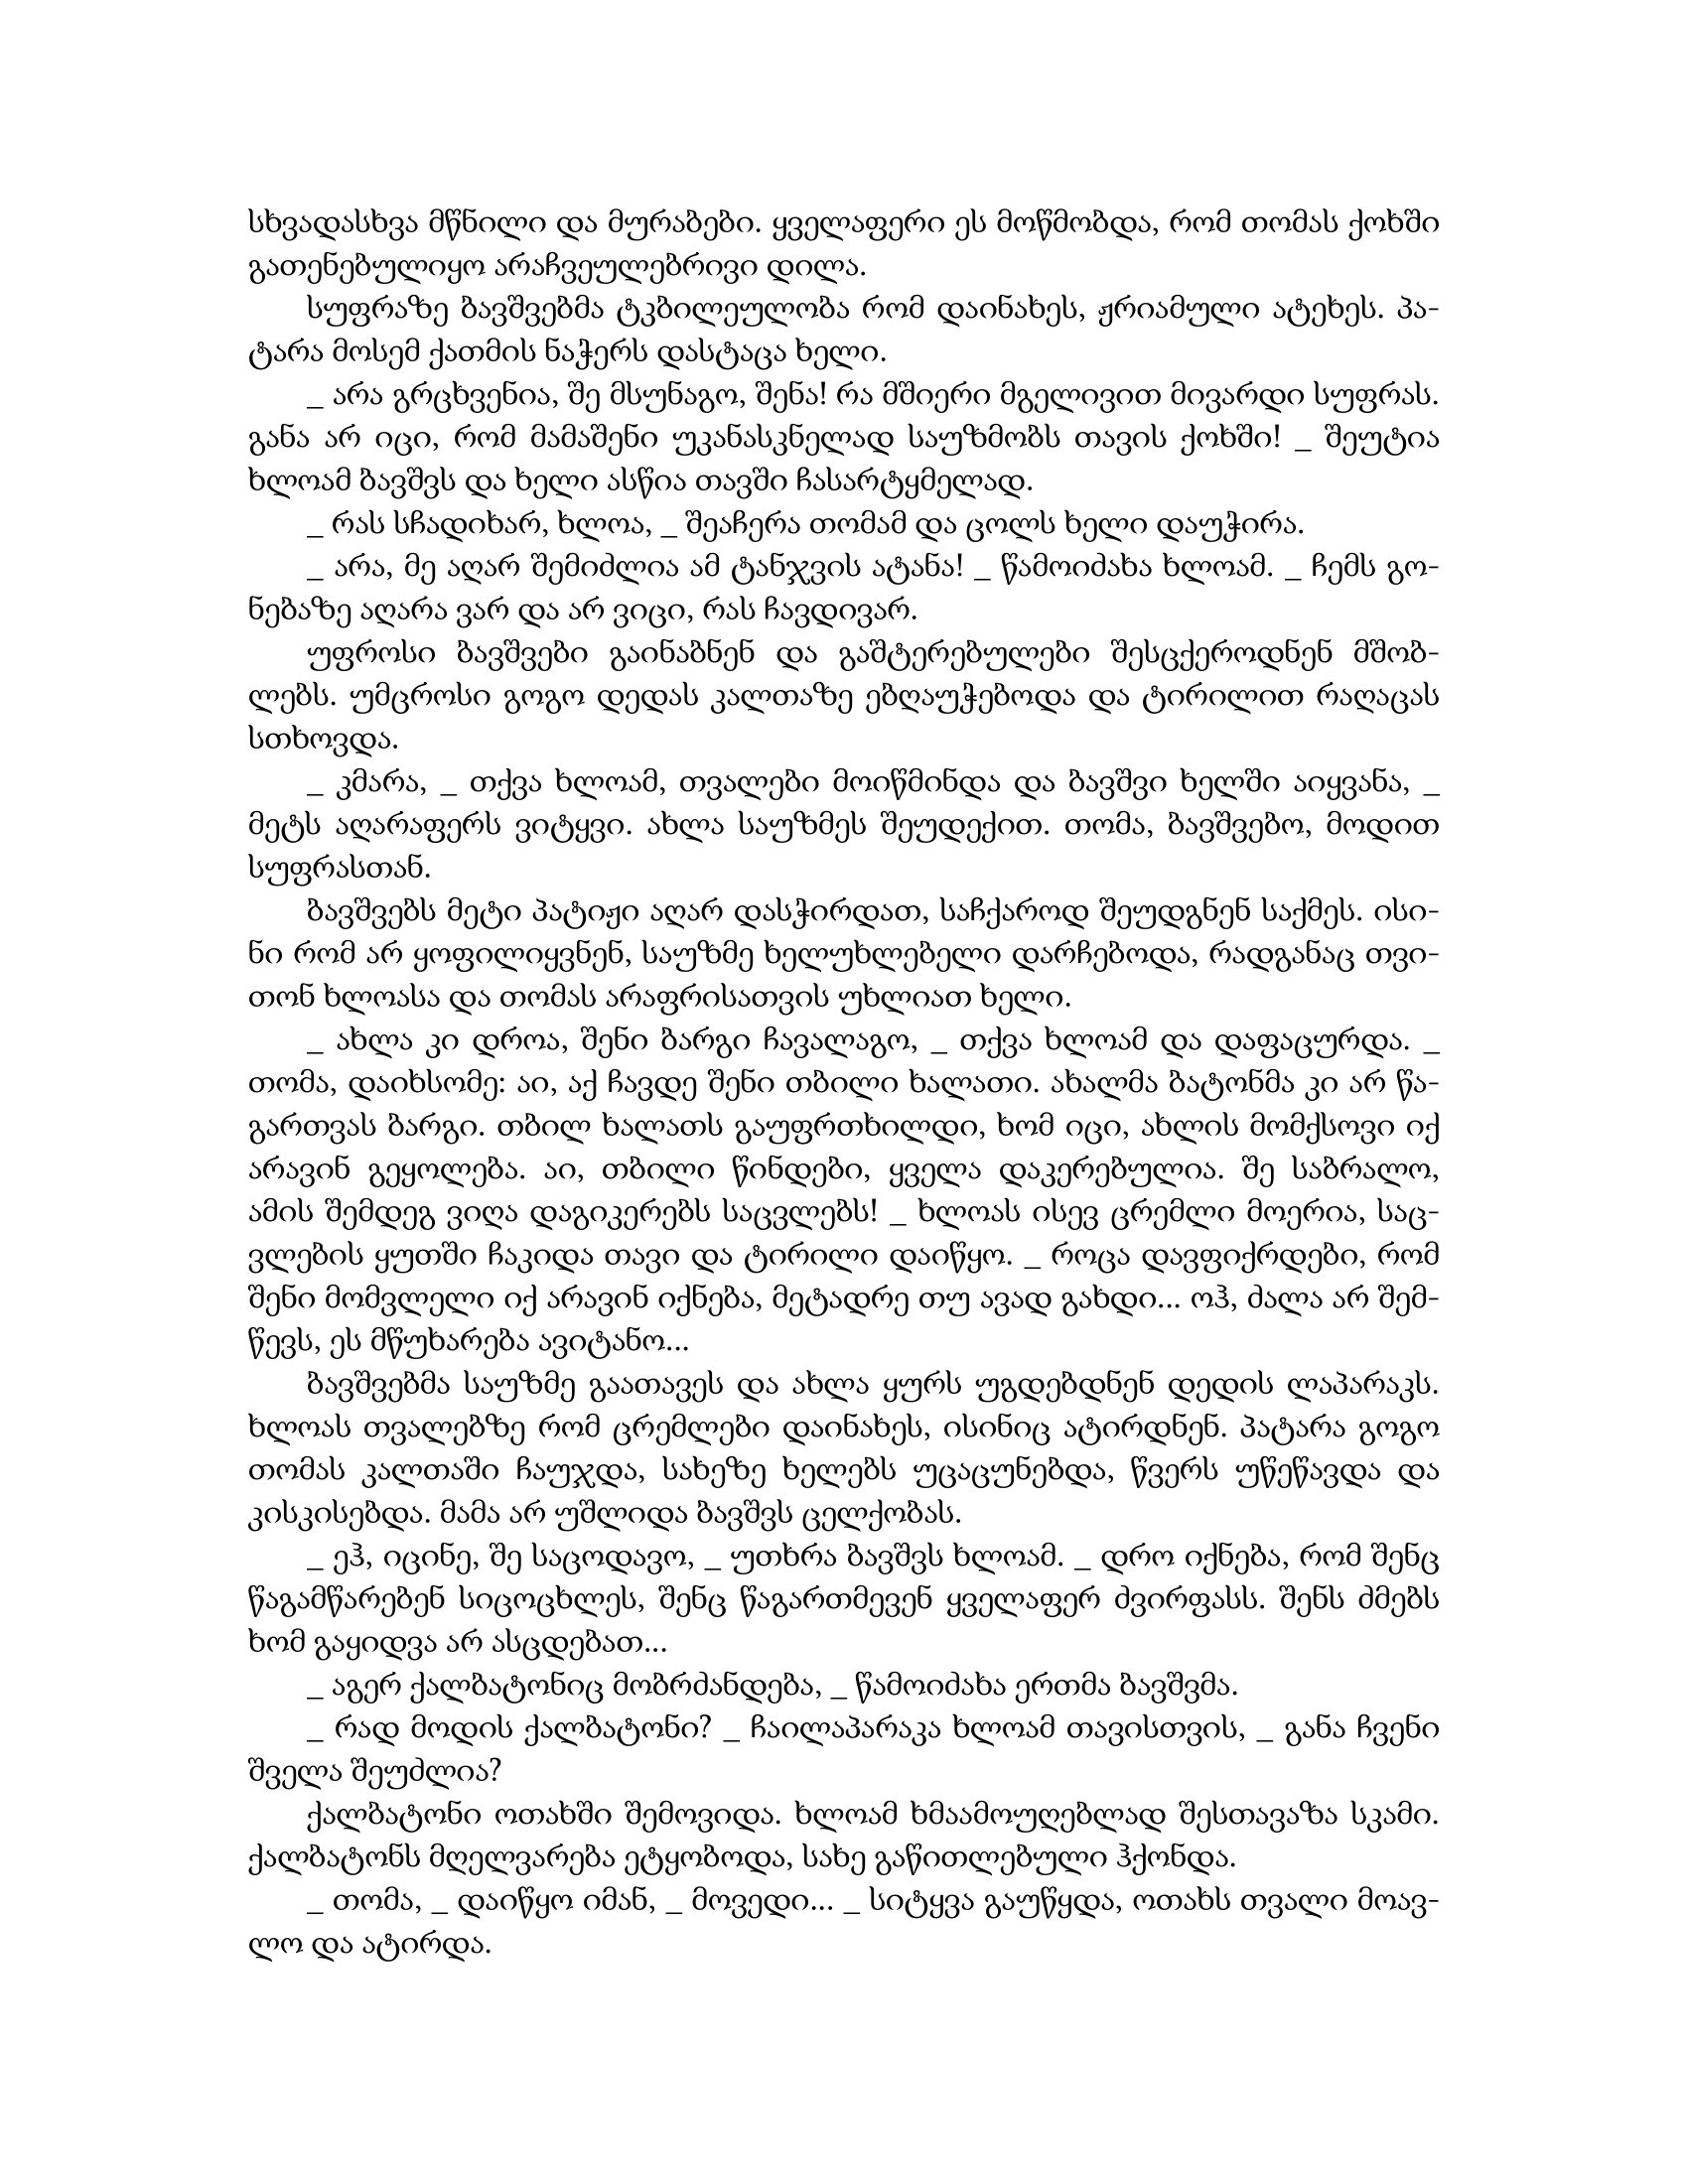
Language: gr